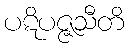
ပဋိပဇ္ဇသီတိ